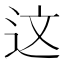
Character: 这